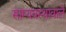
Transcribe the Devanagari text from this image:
साम्यवस्थावाले